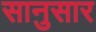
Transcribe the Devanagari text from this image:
सानुसार